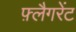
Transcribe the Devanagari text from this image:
फ़्लैगरेंट